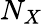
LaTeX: N_{X}